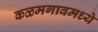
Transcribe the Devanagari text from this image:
कळमगावमध्ये